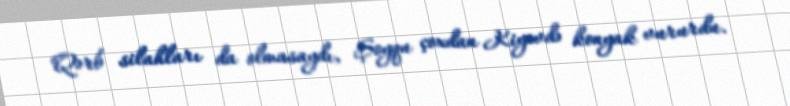
Qərb silahları da olmasaydı, Şoyqu çoxdan Kiyevdə konyak vururdu.